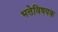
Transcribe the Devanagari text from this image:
भत्तेविषयक